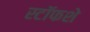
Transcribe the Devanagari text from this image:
स्टॉफशे